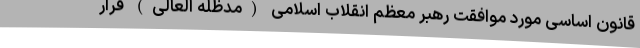
قانون اساسی مورد موافقت رهبر معظم انقلاب اسلامی (مدظله العالی) قرار